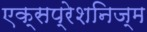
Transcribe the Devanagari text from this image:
एक्सप्रेशनिज्म